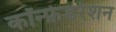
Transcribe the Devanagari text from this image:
कॉन्फ़ेडरेशन